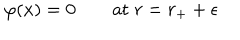
LaTeX: \varphi ( x ) = 0 \qquad \mathrm { a t } \; r = r _ { + } + \epsilon